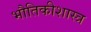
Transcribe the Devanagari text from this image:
भौतिकीशास्त्र